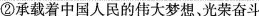
②承载着中国人民的伟大梦想、光荣奋斗